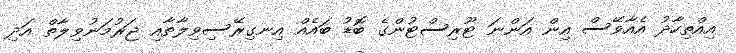
އިއްތިހާދު އެއާވޭސް އިން އަންނަ ޓޫރިސްޓުންގެ ބޮޑު ބައެއް އިނގިރޭސިވިލާތާއި ޖަރުމަނުވިލާތް އަދި